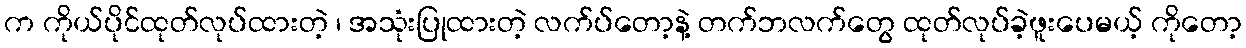
က ကိုယ်ပိုင်ထုတ်လုပ်ထားတဲ့ ၊ အသုံးပြုထားတဲ့ လက်ပ်တော့နဲ့ တက်ဘလက်တွေ ထုတ်လုပ်ခဲ့ဖူးပေမယ့် ကိုတော့